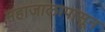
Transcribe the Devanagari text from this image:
महाजालापासून